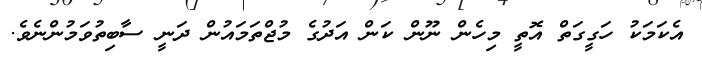
އެކަމަކު ހަގީގަތް އޮތީ މިހެން ނޫން ކަން އަދުގެ މުޖްތަމައުން ދަނީ ސާބިތުވަމުންނެވެ.